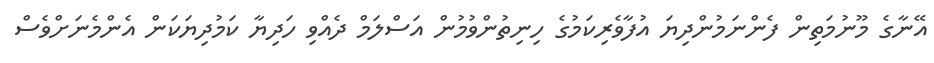
އޭނާގެ މޫނުމަތިން ފެންނަމުންދިޔަ އުފާވެރިކަމުގެ ހިނިތުންވުމުން އަސްލަމް ދެއްވި ހަދިޔާ ކަމުދިޔަކަން އެންމެނަށްވެސް